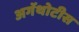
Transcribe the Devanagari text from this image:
अगॅथोटीस